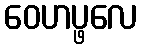
ဝေဟပ္ဖလေ